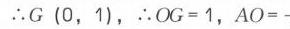
\(\therefore G(0,1)\)，\(\therefore OG = 1\)，\(AO=\)